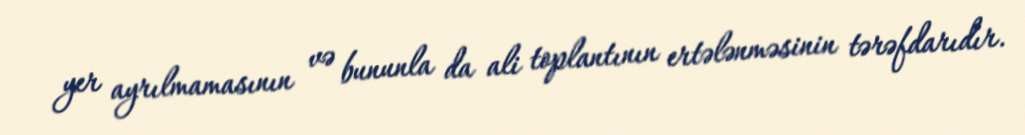
yer ayrılmamasının və bununla da ali toplantının ertələnməsinin tərəfdarıdır.